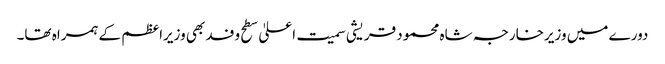
دورے میں وزیرخارجہ شاہ محمود قریشی سمیت اعلیٰ سطح وفد بھی وزیراعظم کے ہمراہ تھا۔